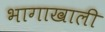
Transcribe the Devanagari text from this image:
भागाखाली